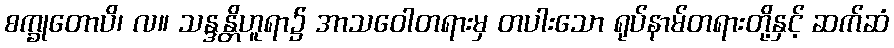
စက္ခုတောပိ၊ လ။ သန္ဒန္တိဟူရာ၌ အာသဝေါတရားမှ တပါးသော ရုပ်နာမ်တရားတို့နှင့် ဆက်ဆံ